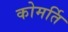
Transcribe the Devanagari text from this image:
कोमर्ति